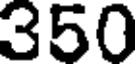
350